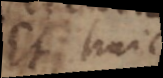
Et huic